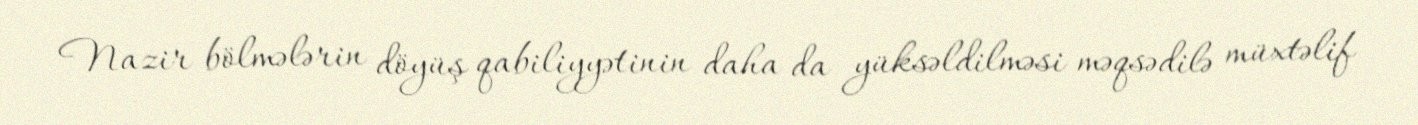
Nazir bölmələrin döyüş qabiliyyətinin daha da yüksəldilməsi məqsədilə müxtəlif